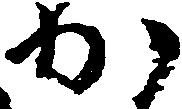
か